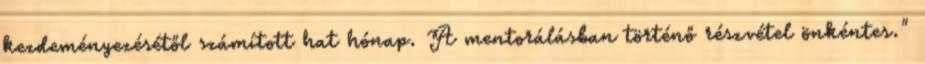
kezdeményezésétől számított hat hónap. A mentorálásban történő részvétel önkéntes."